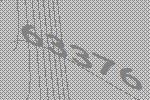
63376